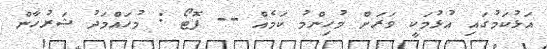
އަޅުކަމުގައި އުޅުމަކީ ވަރަށް މުހިންމު ކަމެއް -- ފޮޓޯ : މުހައްމަދު ޝަރުހާން